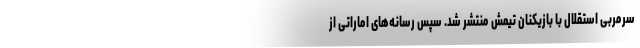
سرمربی استقلال با بازیکنان تیمش منتشر شد. سپس رسانه‌های اماراتی از